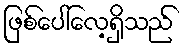
ဖြစ်ပေါ်လေ့ရှိသည်